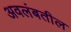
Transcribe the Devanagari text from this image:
अवलंबतील